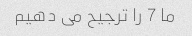
ما 7 را ترجیح می دهیم